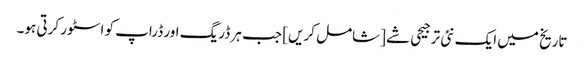
تاریخ میں ایک نئی ترجیحی شے [شامل کریں] جب ہر ڈریگ اور ڈراپ کو اسٹور کرتی ہو۔